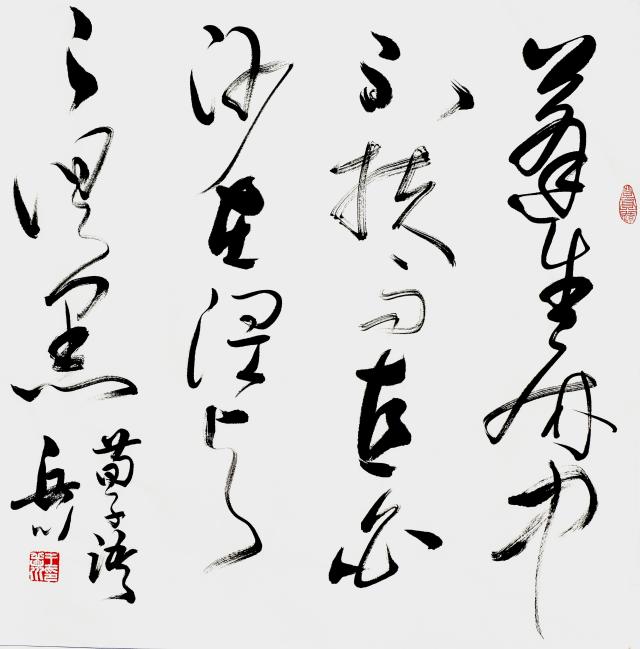
蓬生麻中，不扶而直白沙在涅，与之俱黑。